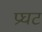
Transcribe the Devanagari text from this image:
प्रघट